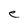
Character: e